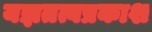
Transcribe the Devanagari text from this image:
यज्ञतत्वप्रकाश